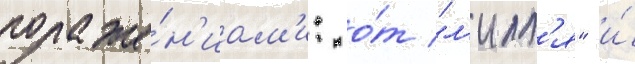
пораже́н'иам'и: о́т "л'илл'я" и́